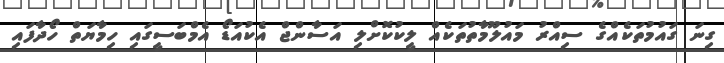
ގިނަ ގައުމުތަކެއްގެ ސިއްރު މައުލޫމާތުތަކެއް ލީކުކޮށްލި އަސާންޖް އެކުއަޑޯ އެމްބަސީގައި ހިމާޔަތް ހޯދާފައި